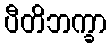
ပီတိဘက္ခာ